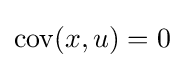
\operatorname {cov} (x,u)=0